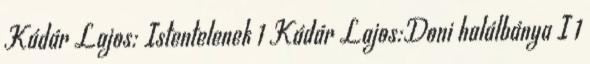
Kádár Lajos: Istentelenek 1 Kádár Lajos:Doni halálbánya I 1